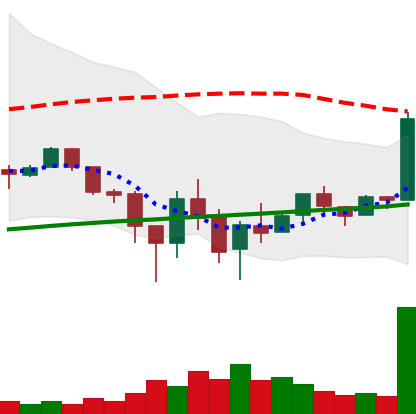
Ticker: LTC-USD
Chart end date: 2018-02-14
Forward return: 4.545%
Label: up_3_5